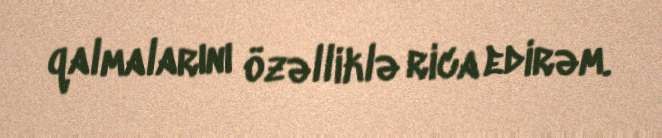
qalmalarını özəlliklə rica edirəm.